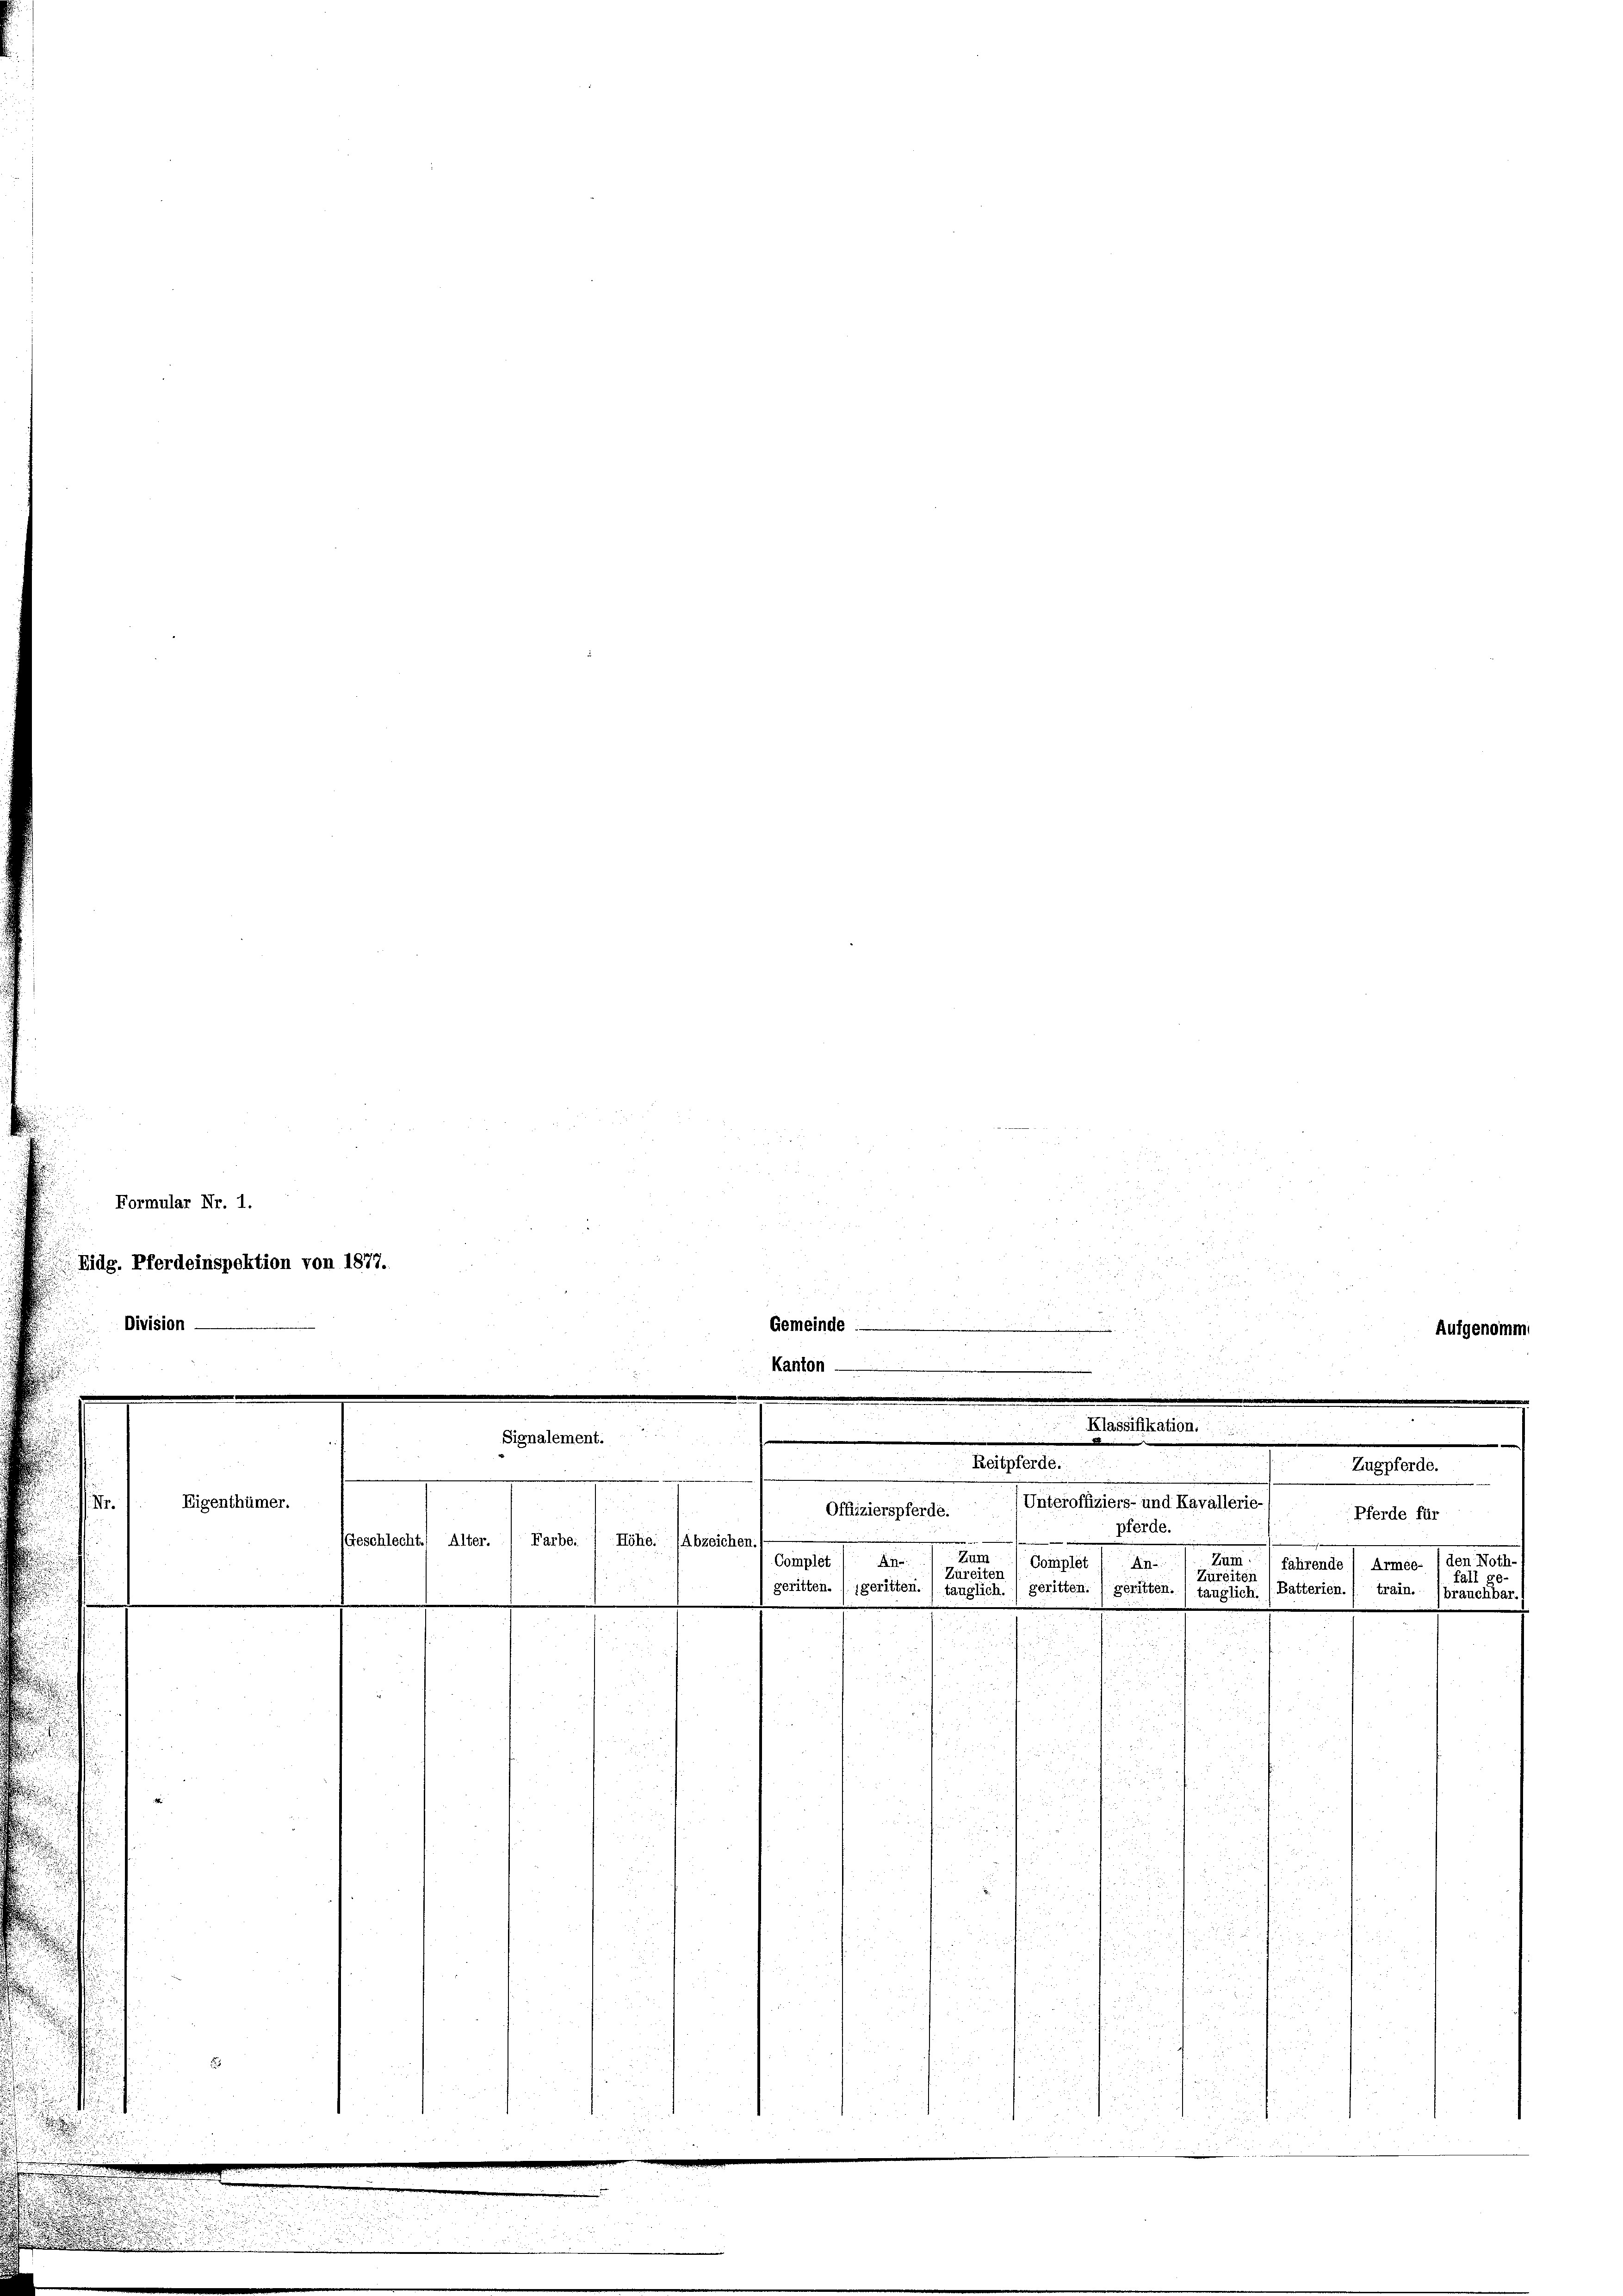
Division

Formular Nr. 1.

Eigenthümer.

.

Eidg. Pferdeinspektion von 1877.
.
.
20 x
2
Gemeinde
Aufgenomm
F

Kanton —

e
Klassifikation.
Signalement.

Reitpferde.
(Unteroffiziers- und Kavallerie-
Offizierspferde.
Pferde für
pferde.
e

(Geschlecht. Alter. / Farbe: / Höhe. (Abzeichen.)
Ao. 1. Ja
Complet
Complét 1. An-
Zureiten
geritten. / geritten.) tauglich.) geritten. (geritten. / tauglich, (Batterien,

Zum.
fahrende
Zureiten
22
.

u
i

e

Zugpferde.
.

amner Stander
fall ge-
train.
brauchbar.